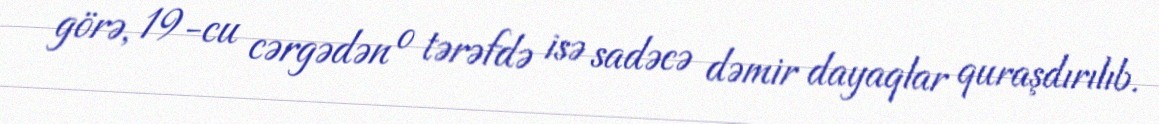
görə, 19-cu cərgədən o tərəfdə isə sadəcə dəmir dayaqlar quraşdırılıb.